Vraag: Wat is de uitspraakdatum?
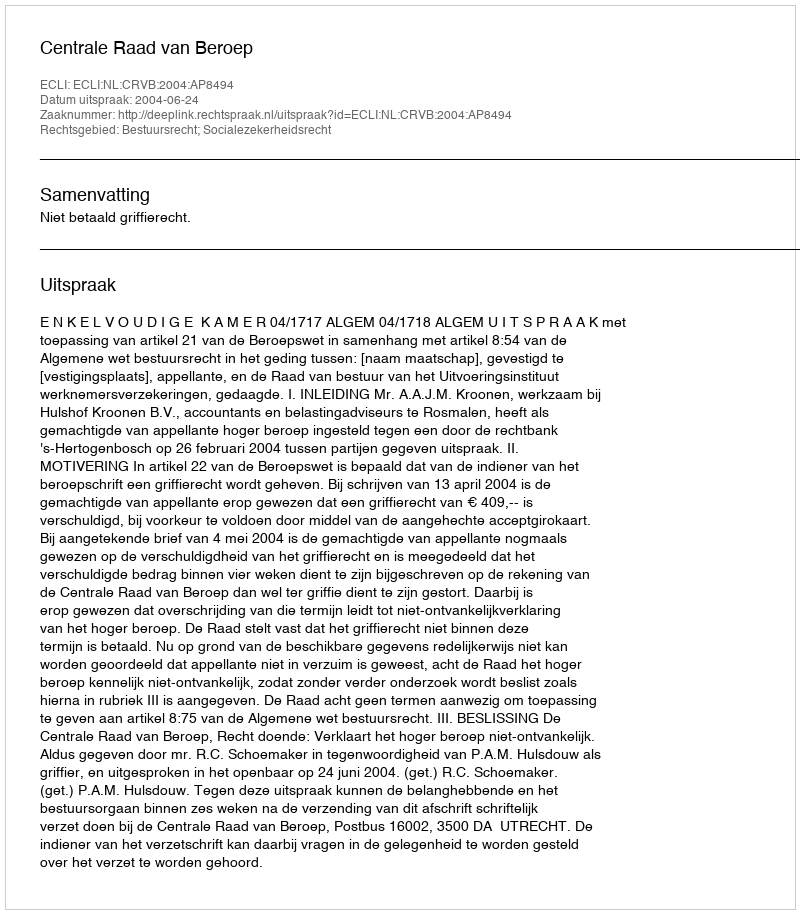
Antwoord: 2004-06-24